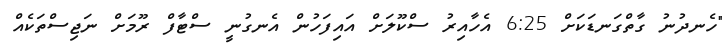
"ހެނދުނު ގާތްގަނޑަކަށް 6:25 އެހާއިރު ސްކޫލަށް އައިފަހުން އެނގުނީ ސްޓާފް ރޫމަށް ނަޖިސްތަކެއް